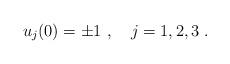
LaTeX: \begin{align*}u_j(0)=\pm 1 \ , \ \ \ j=1,2,3\ . \end{align*}